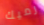
رميك